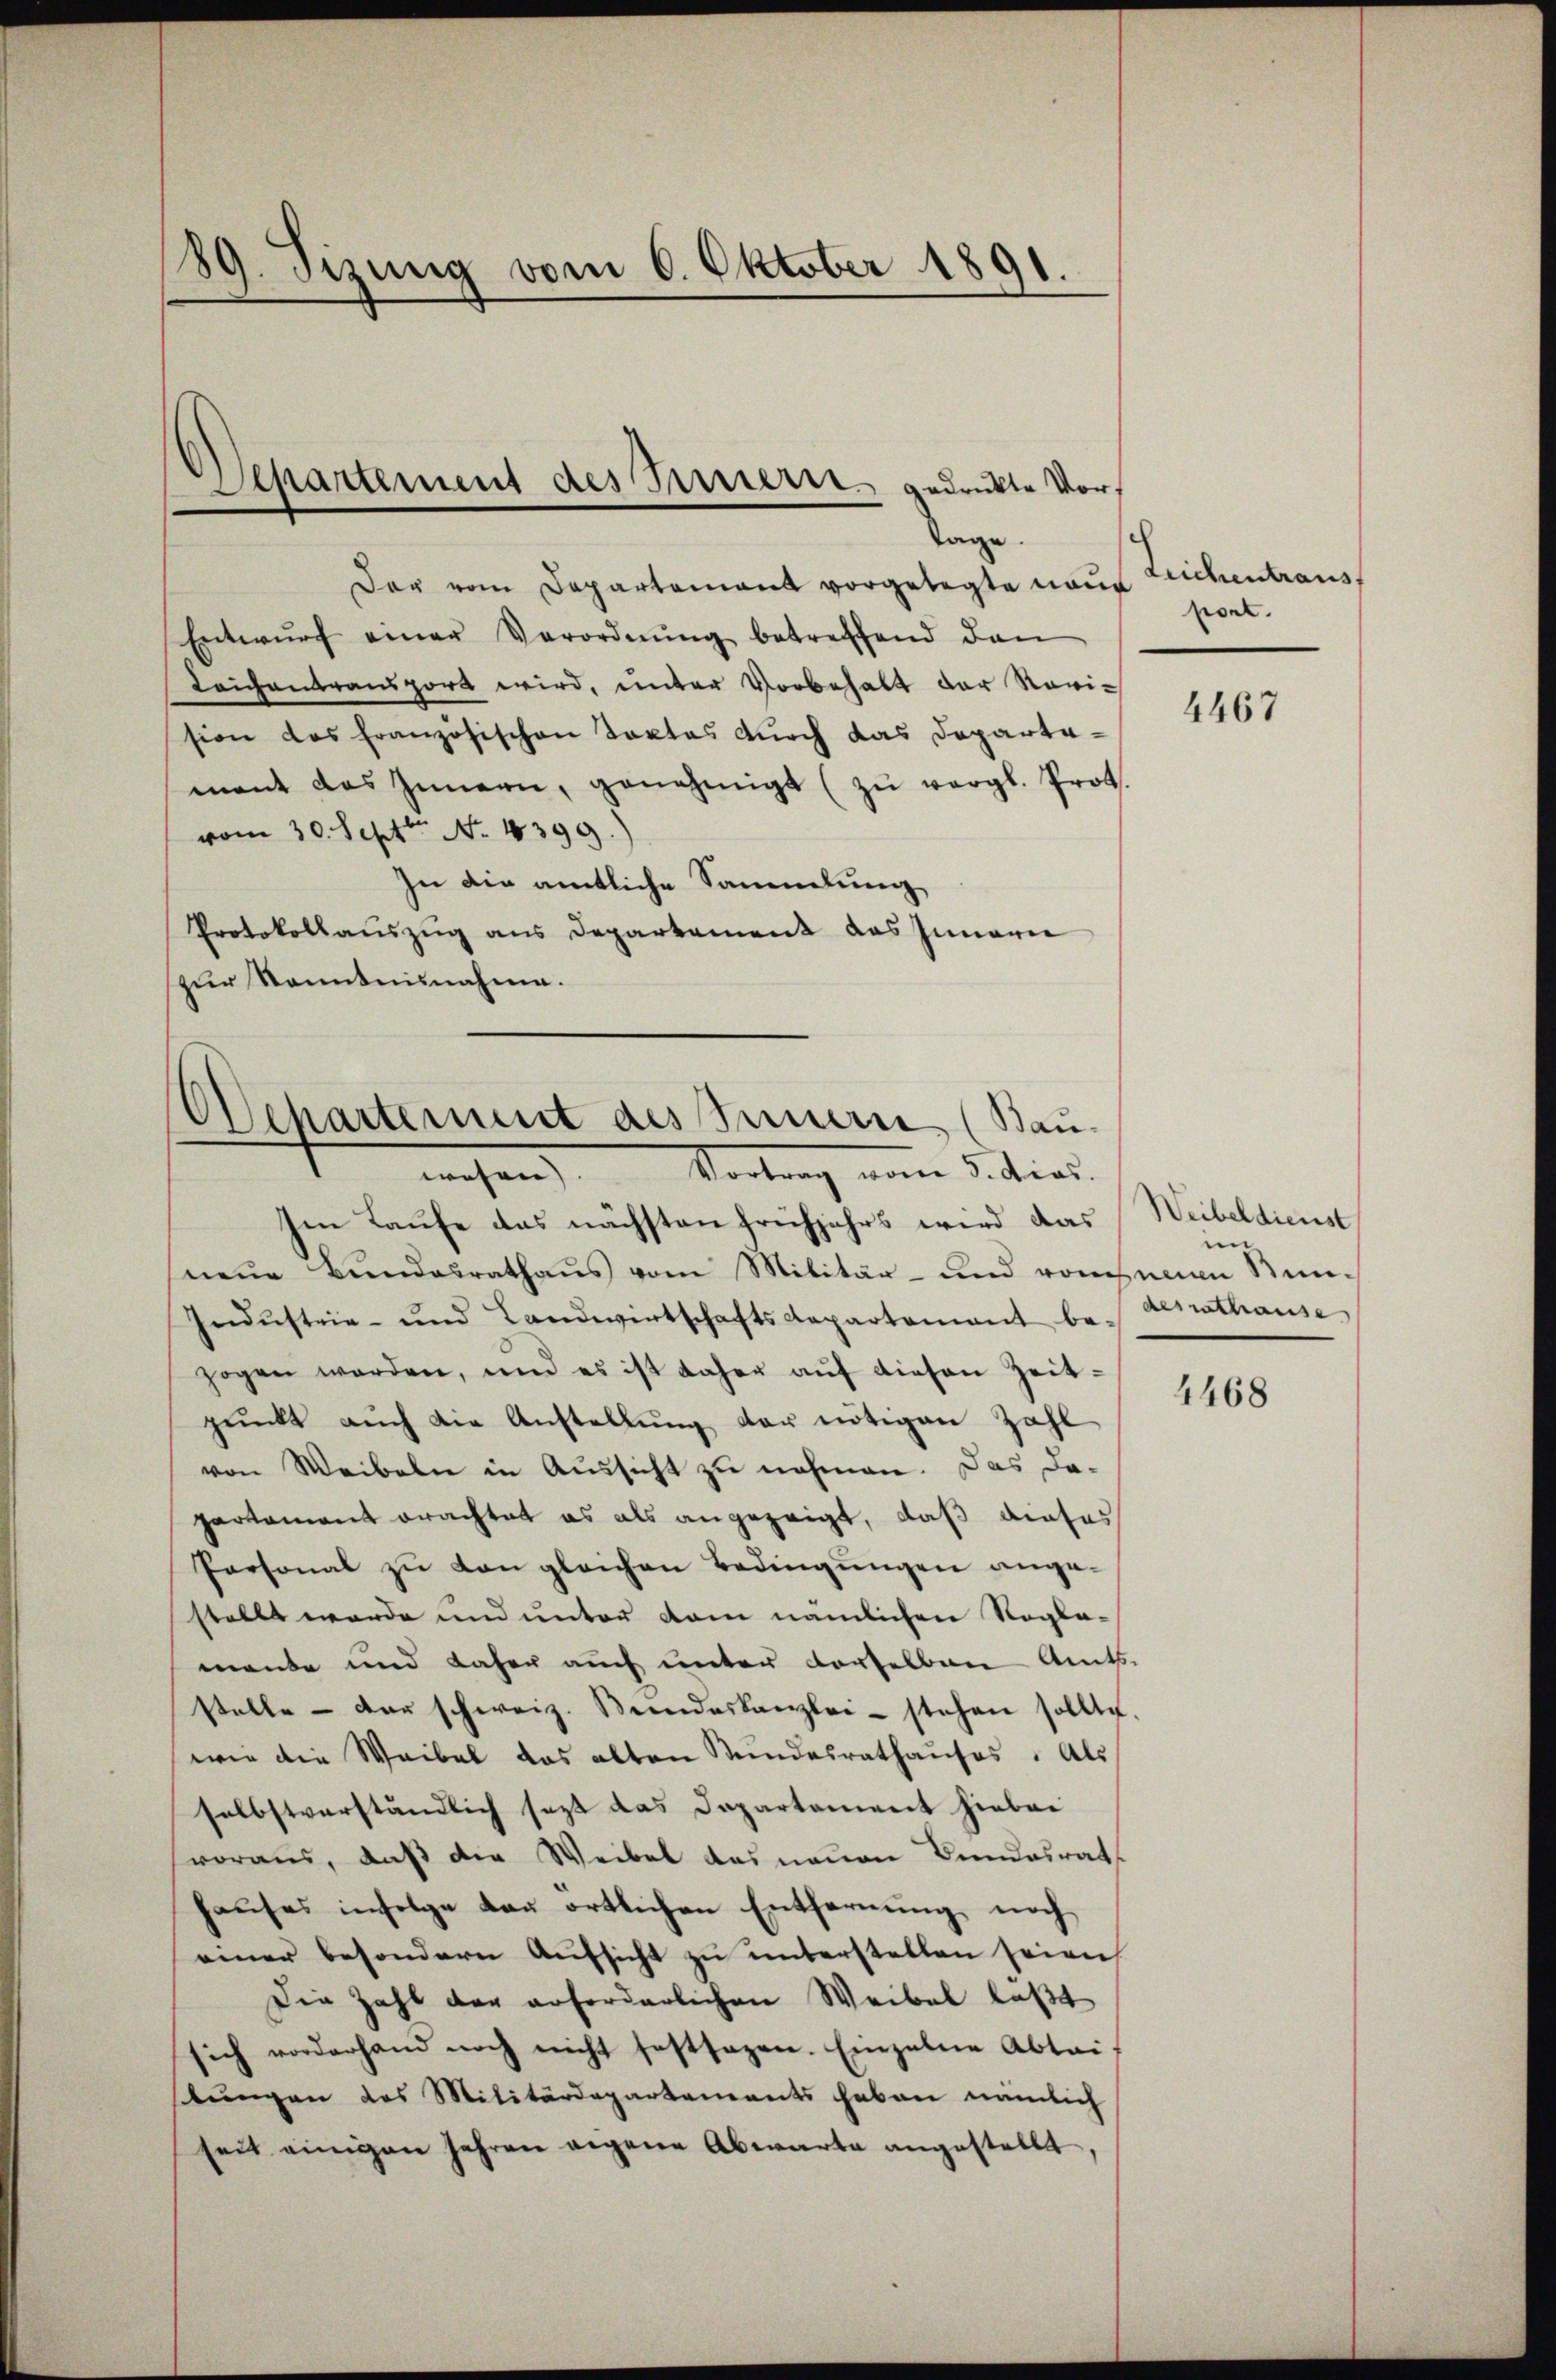
89. Fizung vom 6. Oktober 1891
5

Departement des Innern gedruckte Vor¬
Tage.

Der vom Departement vorgelegte neue
Entwŭrf einer Verordnŭng betreffend dan
Leich antransport wird, unter Vorbehalt der Revision das Französischen Taktes durch das Departamant das Innern, genehmigt (zŭ vergl. Prot.
vom 30. Septt No. 4399.)
In die amtliche Sammlung
Protokollauszug aus Departement das Innarie
zur Kenntnisnahme.

Ochartement des Innern, (Bau-
Vortrag vom 5. dies
wesen) |

Ien Laufe das nächsten Frühjahrs wird das
neue Bundesrathaus vom Militär- und vonsenen Sin¬
Indŭstrie- und Landwirtschaftsdepartamant be-Gesrathause
zogen werden, und es ist daher aŭf diesen Zeit-
pŭnkt aŭch die Anstellŭng der nötigen Zahl
von Weibeln in Aussicht zu nehmen. Das da-
partement erachtet es als angezeigt, daß dieses
Personal zu von gleichen Bedingungen angestellt werde und unter dem nämlichen Rogla-
mante und daher auch unter derselben Amts
stelle - der schweiz. Bŭndeskanzlei- stehen sollte.
wie die Waibel das alten Stundesrathaŭses. Als
selbstverständlich sezt das Departement hiebei
voraus, daß die Weibel des neuen Bundesrath
hauses infolge das örtlichen Entfernung noch
einer besondern Aufsicht zu unterstellen seien
Die Zahl der erforderlichen Weibel laßt
sich vorderhand noch nicht festsagen. Einzelne Abtai
stŭngen des Militärdepartements haben nämlich
seit einigen Jahren eigene Abwarte angestellt,

ch

Leichen trausf
port.

4467

Weibeldienst
in

4468